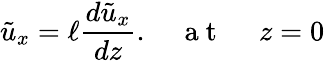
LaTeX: \tilde{u}_{x}=\ell\frac{d\tilde{u}_{x}}{dz}.\quad\mathrm{~a~t~\ }\quad z=0